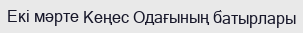
Екі мәрте Кеңес Одағының батырлары